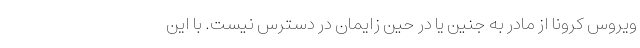
ویروس کرونا از مادر به جنین یا در حین زایمان در دسترس نیست. با این